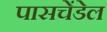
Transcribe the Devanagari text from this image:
पासचेंडेल